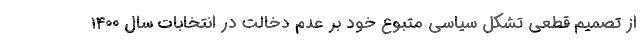
از تصمیم قطعی تشکل سیاسی متبوع خود بر عدم دخالت در انتخابات سال ۱۴۰۰